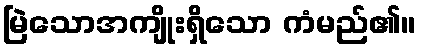
မြဲသောအကျိုးရှိသော ကံမည်၏။